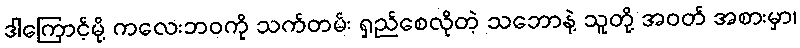
ဒါကြောင့်မို့ ကလေးဘဝကို သက်တမ်း ရှည်စေလိုတဲ့ သဘောနဲ့ သူတို့ အဝတ် အစားမှာ၊